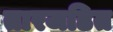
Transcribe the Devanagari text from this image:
तारजडित